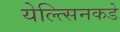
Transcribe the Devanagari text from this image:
येल्त्सिनकडे